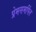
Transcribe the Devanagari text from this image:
प्रेमसमर्पित